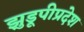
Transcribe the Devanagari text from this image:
झुडूपीप्रदेश